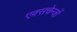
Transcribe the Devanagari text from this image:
एक्सचेन्जों